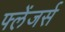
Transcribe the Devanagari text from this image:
फ्लेंजर्स